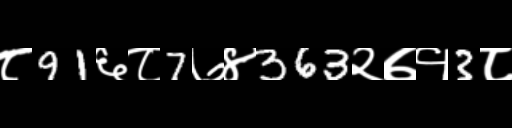
Text: ८91६८7७४363२७१3८